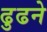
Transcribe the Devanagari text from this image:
ढुढने